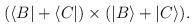
LaTeX: \begin{align*}(\langle B| + \langle C|) \times (|B\rangle + |C\rangle).\end{align*}